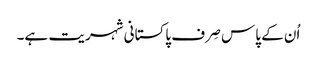
اُن کے پاس صِرف پاکستانی شہریت ہے۔